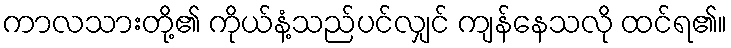
ကာလသားတို့၏ ကိုယ်နံ့သည်ပင်လျှင် ကျန်နေသလို ထင်ရ၏။